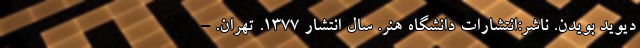
دیوید بویدن. ناشر:انتشارات دانشگاه هنر. سال انتشار ۱۳۷۷. تهران. -